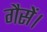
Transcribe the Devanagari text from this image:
गैसें।